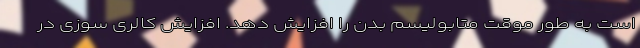
است به طور موقت متابولیسم بدن را افزایش دهد. افزایش کالری سوزی در